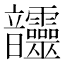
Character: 𩑊